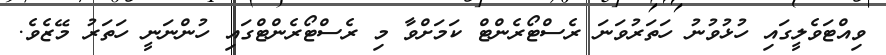
ވިއްޓަވެލީގައި ހުޅުވުނު ހަތަރުވަނަ ރެސްޓޯރެންޓް ކަމަށްވާ މި ރެސްޓޯރެންޓްގައި ހުންނަނީ ހަތަރު މޭޒެވެ.